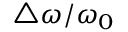
\triangle \omega / \omega _ { 0 }